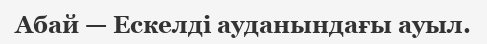
Абай — Ескелді ауданындағы ауыл.